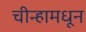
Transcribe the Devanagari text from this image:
चीन्हामधून